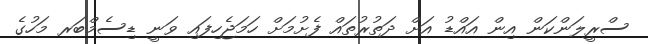
ސްރީލަންކަން އިން އައްޑު އަށް ދަތުރުތައް ފެށުމަށް ހަމަޖެހިފައި ވަނީ ޑިސެމްބަރ މަހުގެ